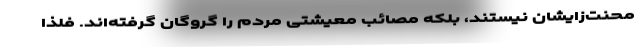
محنت‌زایشان نیستند، بلکه مصائب معیشتی مردم را گروگان گرفته‌اند. فلذا